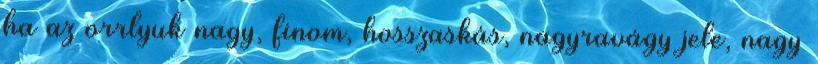
ha az orrlyuk nagy, finom, hosszaskás, nagyravágy jele, nagy